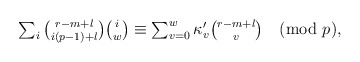
\begin{align*}\textstyle \sum_{i} {r - m + l \choose i(p-1) + l} {i \choose w} & \textstyle \equiv \sum_{v=0}^{w} \kappa_v' {r - m + l \choose v} \pmod{p},\end{align*}